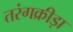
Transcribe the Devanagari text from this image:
तरंगक्रीड़ा